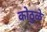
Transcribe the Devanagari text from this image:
कोठुळे